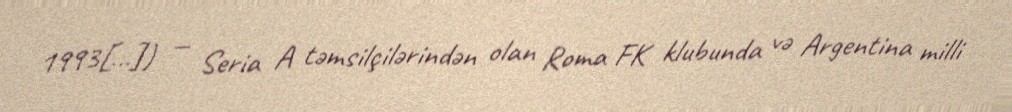
1993[…]) — Seria A təmsilçilərindən olan Roma FK klubunda və Argentina milli